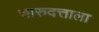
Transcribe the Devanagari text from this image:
चारुदत्ताला